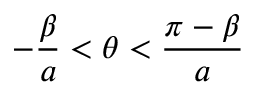
- \frac { \beta } { a } < \theta < \frac { \pi - \beta } { a }